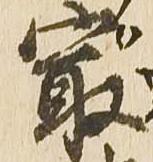
最